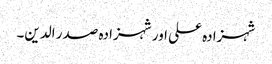
شہزادہ علی اور شہزادہ صدر الدین۔